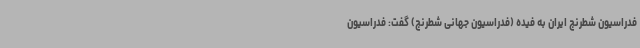
فدراسیون شطرنج ایران به فیده (فدراسیون جهانی شطرنج) گفت: فدراسیون